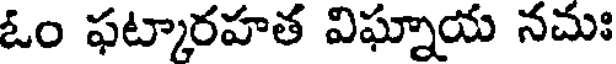
ఓం ఫట్కారహత విఘ్నాయ నచుః